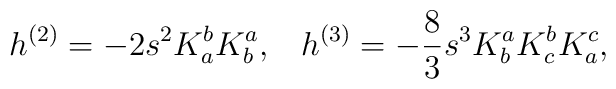
h^{(2)} = -2 s^2 K^b_a K^a_b,  \;\;\; h^{(3)} = -\frac{8}{3} s^3 K^a_bK^b_c K^c_a,